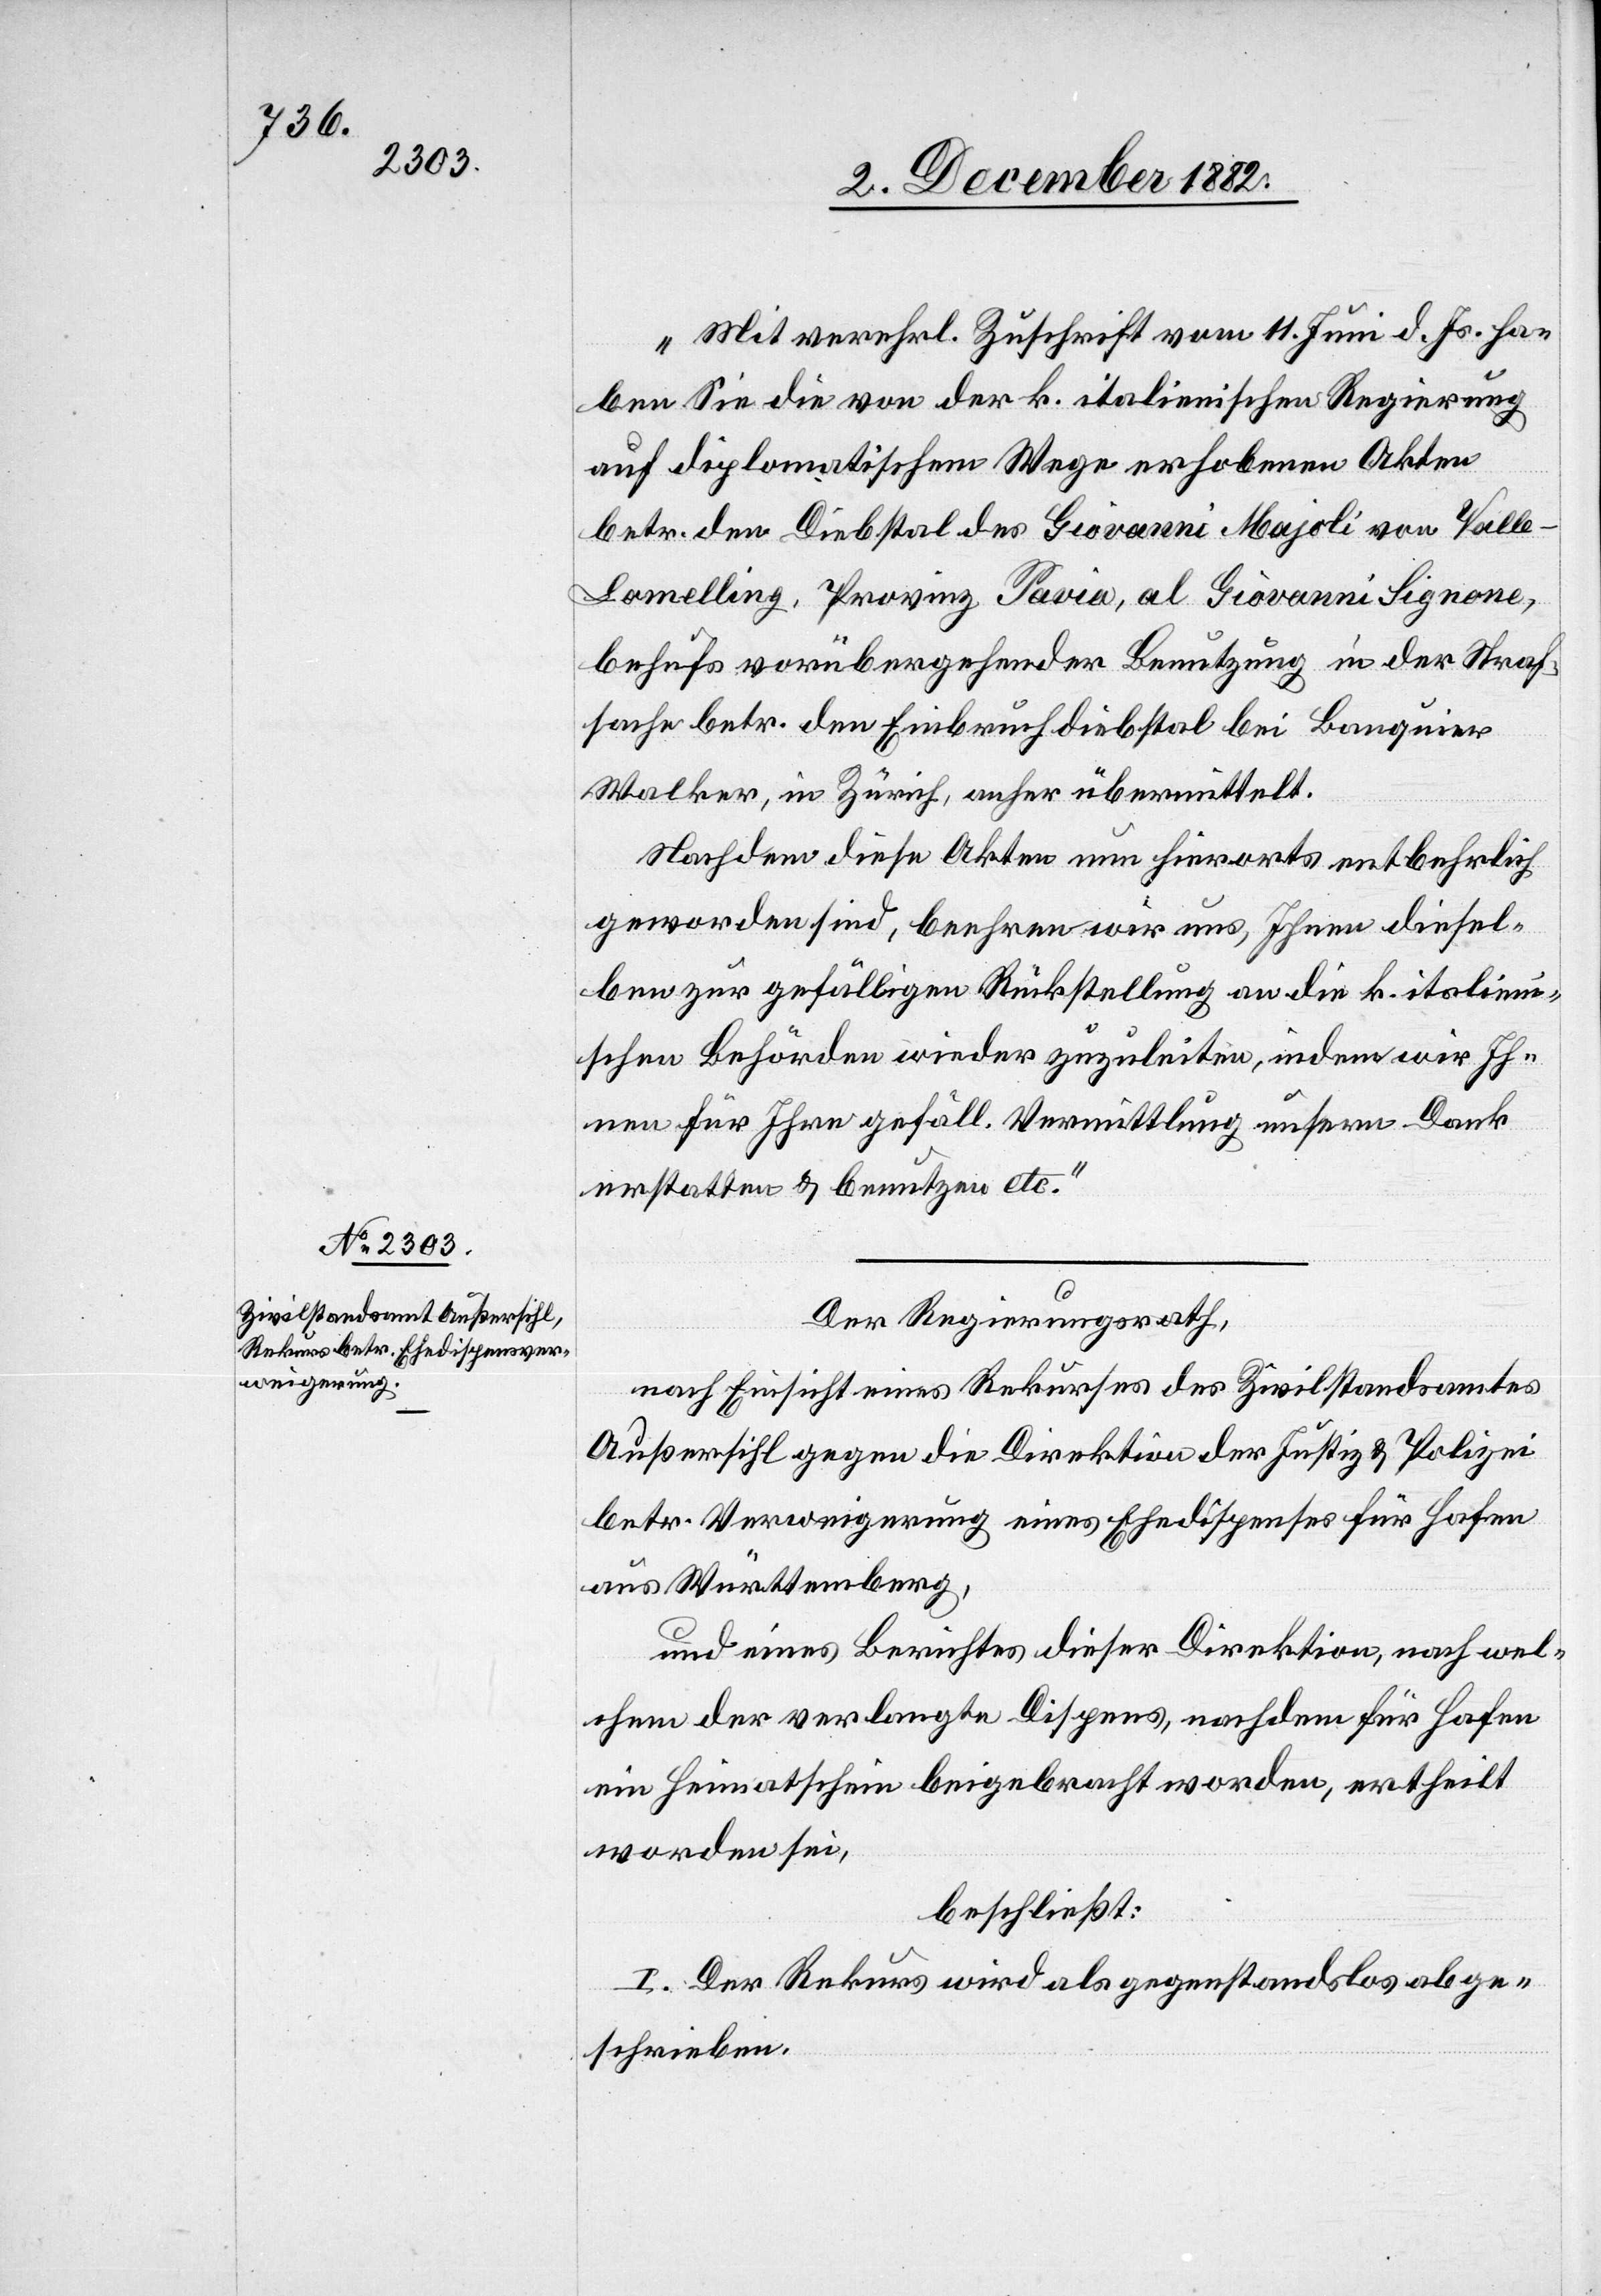
„Mit verehrl. Zuschrift vom 11. Juni d. Js. ha¬
ben Sie die von der k. italienischen Regierung
auf diplomatischem Wege erhobenen Akten
betr. den Diebstal des Giovanni Majoli von Valle
Lomelling, Provinz Pavia, al Giovanni Signone,
behufs vorübergehender Benutzung in der Straf¬
sache betr. den Einbruchdiebstahl bei Banquier
Walker, in Zürich, anher übermittelt.
Nachdem diese Akten nun hierorts entbehrlich
geworden sind, beehren wir uns, Ihnen diesel¬
ben zur gefälligen Rückstellung an die k. italien¬
ischen Behörden wieder zuzuleiten indem wir Ih¬
nen für Ihre gefäll. Vermittlung unsern Dank
erstatten & benutzen etc.“
Der Regierungsrath,
nach Einsicht eines Rekurses des Zivilstandsamtes
Außersihl gegen die Direktion der Justiz & Polizei
betr. Verweigerung eines Ehedispenses für Hafen
aus Württemberg,
und eines Berichtes dieser Direktion, nach wel¬
chem der vorgelegte Dispens, nachdem für Hafen
ein Heimatschein beigebracht worden, ertheilt
worden sei,
beschließt:
I. Der Rekurs wird als gegenstandslos abge¬
schrieben.